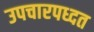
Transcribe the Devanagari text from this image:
उपचारपध्दत